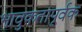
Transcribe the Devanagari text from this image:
भावुकतापूर्वक